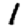
Digit: 1